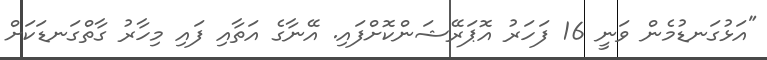
"އަޅުގަނޑުމެން ވަނީ 16 ފަހަރު އޮޕަރޭޝަންކޮށްފައި. އޭނާގެ އަތާއި ފައި މިހާރު ގާތްގަނޑަކަށް